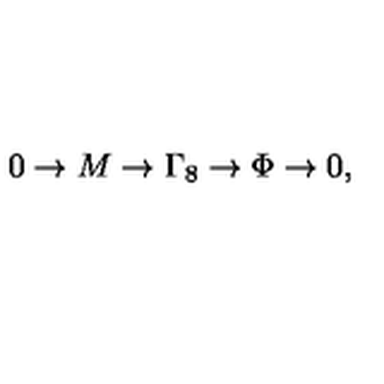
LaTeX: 0 \to M \to \Gamma _ { 8 } \to \Phi \to 0 ,